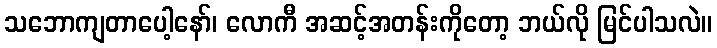
သဘောကျတာပေါ့နော်၊ လောကီ အဆင့်အတန်းကိုတော့ ဘယ်လို မြင်ပါသလဲ။